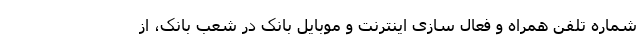
شماره تلفن همراه و فعال سازی اینترنت و موبایل بانک در شعب بانک، از